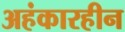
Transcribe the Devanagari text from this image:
अहंकारहीन